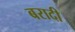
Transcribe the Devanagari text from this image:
बरादी